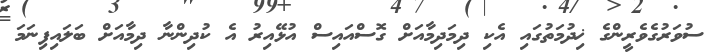
ސުވަރުގެވެރީންގެ ޚިދުމަތުގައި އެކި ދިމަދިމާއަށް ގޮސްއައިސް އުޅޭއިރު އެ ކުދިންނާ ދިމާއަށް ބަލައިފިނަމަ